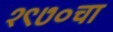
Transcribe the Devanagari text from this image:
१९७०चा